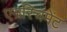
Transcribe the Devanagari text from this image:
एन्ररिचमेंट